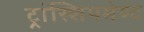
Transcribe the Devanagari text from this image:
ट्रांस्शिपमेण्ट